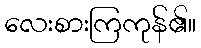
လေးစားကြကုန်၏။